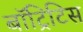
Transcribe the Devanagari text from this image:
बॉट्रिटिस